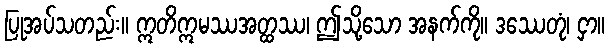
ပြုအပ်သတည်း။ ဣတိဣမဿအတ္ထဿ၊ ဤသို့သော အနက်ကို။ ဒဿေတုံ၊ ငှာ။